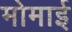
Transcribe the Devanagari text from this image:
मोमाई